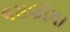
લસણીયા